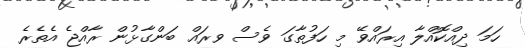
ހަމަ ދިއްކޮއްލާ އިރައްވޭ މި ހަފުތާގަ ވެސް ވރައް ބަންގާޅުން ރާއްޖެ އެތެރެ